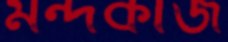
মন্দকাজ